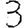
Digit: 3